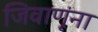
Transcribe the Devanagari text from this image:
जिवाणूंना